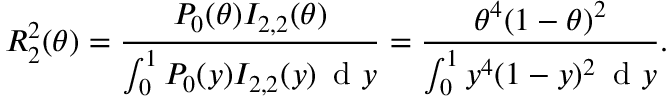
R _ { 2 } ^ { 2 } ( \theta ) = \frac { P _ { 0 } ( \theta ) I _ { 2 , 2 } ( \theta ) } { \int _ { 0 } ^ { 1 } P _ { 0 } ( y ) I _ { 2 , 2 } ( y ) \, \mathrm { ~ d ~ } y } = \frac { \theta ^ { 4 } ( 1 - \theta ) ^ { 2 } } { \int _ { 0 } ^ { 1 } y ^ { 4 } ( 1 - y ) ^ { 2 } \, \mathrm { ~ d ~ } y } .